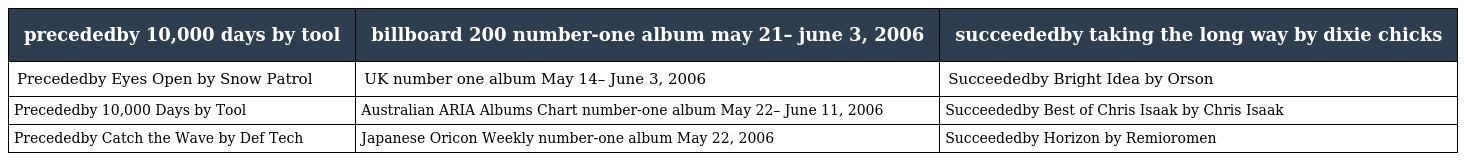
| precededby 10,000 days by tool | billboard 200 number-one album may 21– june 3, 2006 | succeededby taking the long way by dixie chicks |
 | --- | --- | --- |
 | Precededby Eyes Open by Snow Patrol | UK number one album May 14– June 3, 2006 | Succeededby Bright Idea by Orson |
 | Precededby 10,000 Days by Tool | Australian ARIA Albums Chart number-one album May 22– June 11, 2006 | Succeededby Best of Chris Isaak by Chris Isaak |
 | Precededby Catch the Wave by Def Tech | Japanese Oricon Weekly number-one album May 22, 2006 | Succeededby Horizon by Remioromen |